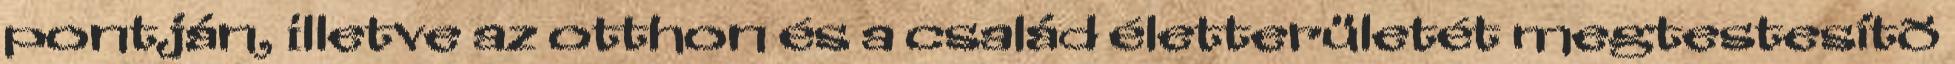
pontján, illetve az otthon és a család életterületét megtestesítõ